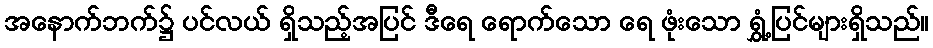
အနောက်ဘက်၌ ပင်လယ် ရှိသည့်အပြင် ဒီရေ ရောက်သော ရေ ဖုံးသော ရွှံ့ပြင်များရှိသည်။